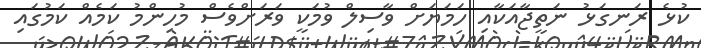
ކުޅެ ރަނގަޅު ނަތީޖާއަކާއި ހަމަޔަށް ވާސިލް ވުމަކީ ވަރަށްވެސް މުހިންމު ކަމެއް ކަމުގައި